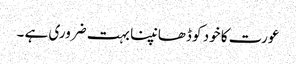
عورت کا خود کو ڈھانپنا بہت ضروری ہے ۔